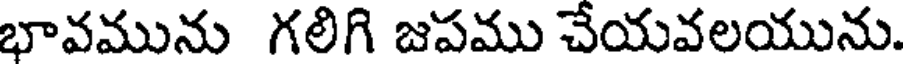
భావమును గలిగి జపము చేయవలయును.